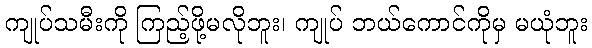
ကျုပ်သမီးကို ကြည့်ဖို့မလိုဘူး၊ ကျုပ် ဘယ်ကောင်ကိုမှ မယုံဘူး